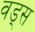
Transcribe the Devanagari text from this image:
वड्स